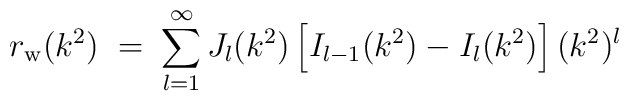
r_{\rm w}(k^2)\;=\;\sum_{l=1}^\infty J_l(k^2)\left[I_{l-1}(k^2)-I_l(k^2)\right] (k^2)^l